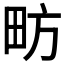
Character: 𱰫